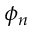
\phi _ { n }